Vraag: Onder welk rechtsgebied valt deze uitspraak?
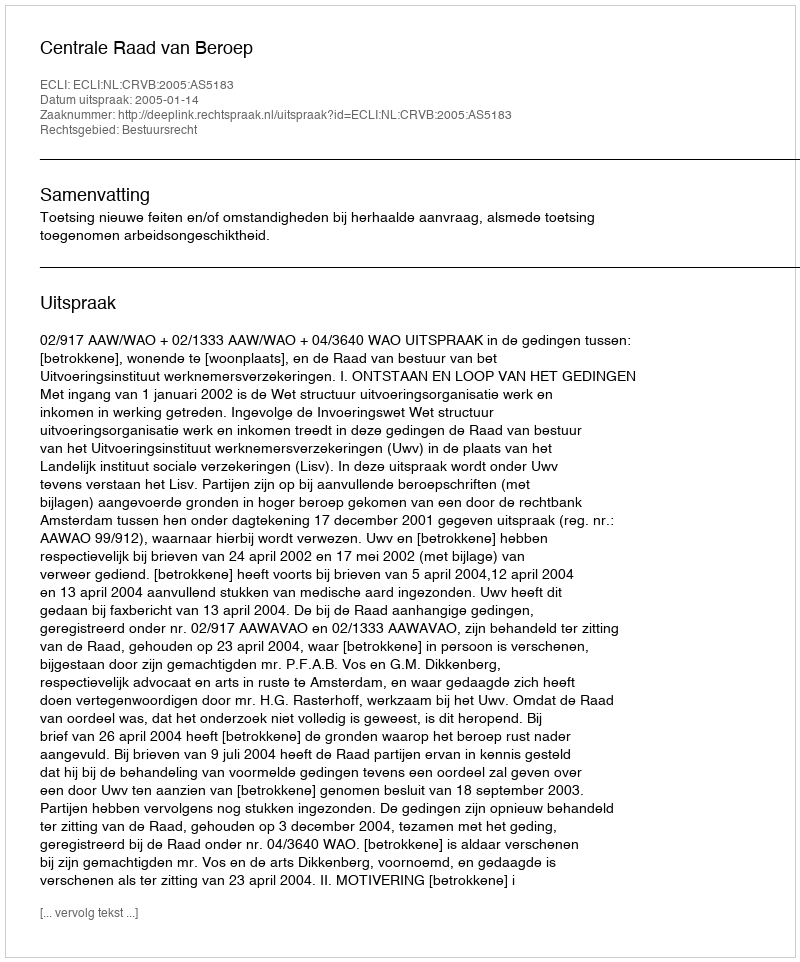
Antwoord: Bestuursrecht